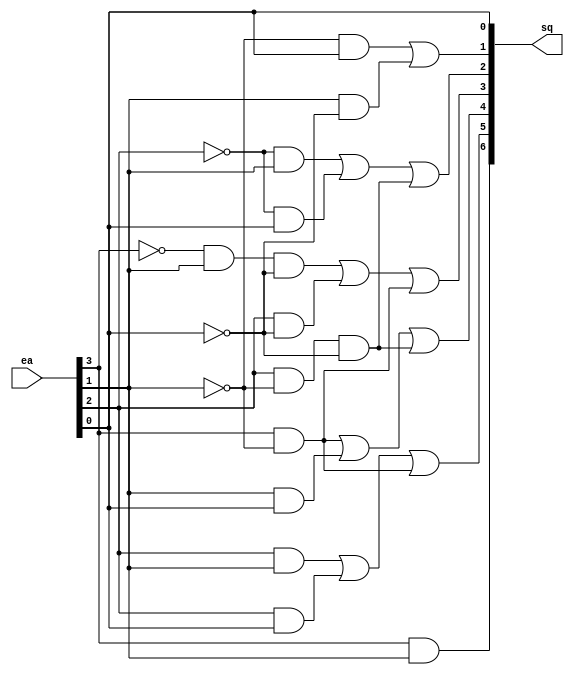
module cc_saida(
input [3:0] ea,
output [6:0] sq
);

wire not_ea0, not_ea1, not_ea2, not_ea3;
not(not_ea0, ea[0]);
not(not_ea1, ea[1]);
not(not_ea2, ea[2]);
not(not_ea3, ea[3]);

and(sq[6], ea[3], ea[1]);




wire s5_buf1, s5_buf2, s5_buf3;
and(s5_buf1, ea[2], ea[1]);
and(s5_buf2, ea[2], ea[0]);
and(s5_buf3, ea[3], not_ea1);
or(sq[5], s5_buf1, s5_buf2, s5_buf3);





wire s4_buf1, s4_buf2, s4_buf3;
and(s4_buf1, ea[3], not_ea1);
and(s4_buf2, ea[1], ea[0]);
and(s4_buf3, ea[2], not_ea1, not_ea0);
or(sq[4], s4_buf1, s4_buf2, s4_buf3);

wire s3_buf1, s3_buf2, s3_buf3;
and(s3_buf1, not_ea3, ea[1], not_ea0);
and(s3_buf2, ea[2], not_ea0);
and(s3_buf3, ea[3], not_ea1);
or(sq[3], s3_buf1, s3_buf2, s3_buf3);

wire s2_buf1, s2_buf2, s2_buf3;
and(s2_buf1, not_ea2, ea[1]);
and(s2_buf2, not_ea2, ea[0]);
and(s2_buf3, ea[2], not_ea1, not_ea0);
or(sq[2], s2_buf1, s2_buf2, s2_buf3);

wire s1_buf1, s1_buf2;
and(s1_buf1, not_ea1, ea[0]);
and(s1_buf2, ea[1], not_ea0);
or(sq[1], s1_buf1, s1_buf2);

buf(sq[0], ea[0]);

endmodule